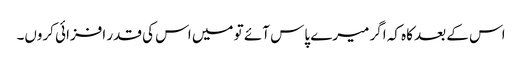
اس کے بعد کاہ کہ اگر میرے پاس آئے تو میں اس کی قدر افزائی کروں۔